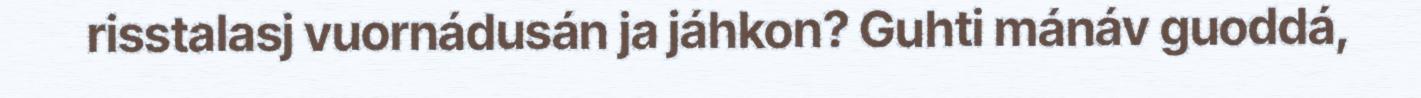
risstalasj vuornádusán ja jáhkon? Guhti mánáv guoddá,